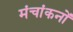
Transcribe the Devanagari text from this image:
मंचांकनों